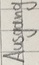
Text: Ausgang